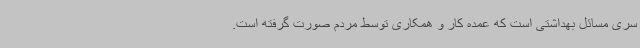
سری مسائل بهداشتی است که عمده کار و همکاری توسط مردم صورت گرفته است.